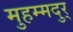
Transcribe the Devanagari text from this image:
मुहम्मदुर्